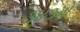
૩૪૩મો